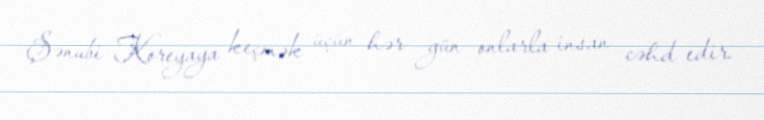
Şənubi Koreyaya keçmək üçün hər gün onlarla insan cəhd edir.